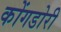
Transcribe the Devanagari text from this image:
कोंगडोरी